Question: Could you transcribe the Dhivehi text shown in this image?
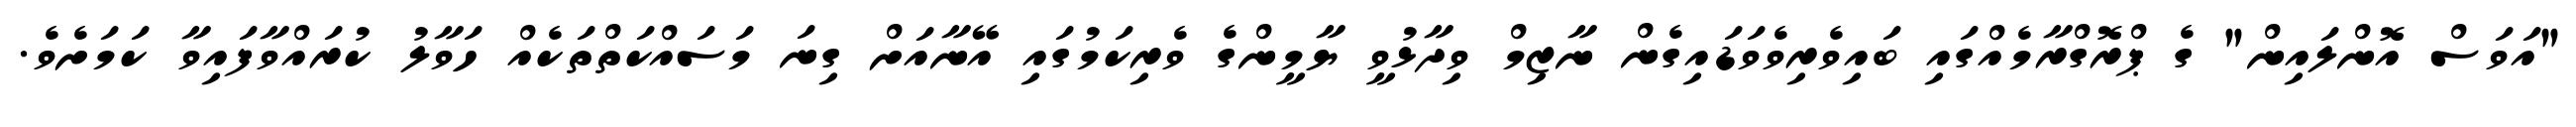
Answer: "އަވަސް އޮންލައިން" ގެ ޕްރޮގްރާމެއްގައި ބައިވެރިވެވަޑައިގެން ނާޒިމް ވިދާޅުވީ ޔާމީންގެ ވެރިކަމުގައި އޭނާއަށް ގިނަ މަސައްކަތްތަކެއް ހަވާލު ކުރައްވާފައިވާ ކަމަށެވެ.